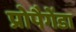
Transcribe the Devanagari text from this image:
प्रोपैगेंडा